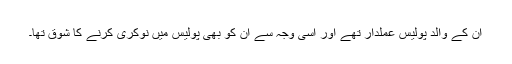
ان کے والد پولیس عملدار تھے اور اسی وجہ سے ان کو بھی پولیس میں نوکری کرنے کا شوق تھا۔